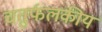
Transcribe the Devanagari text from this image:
चतुर्फलकीय